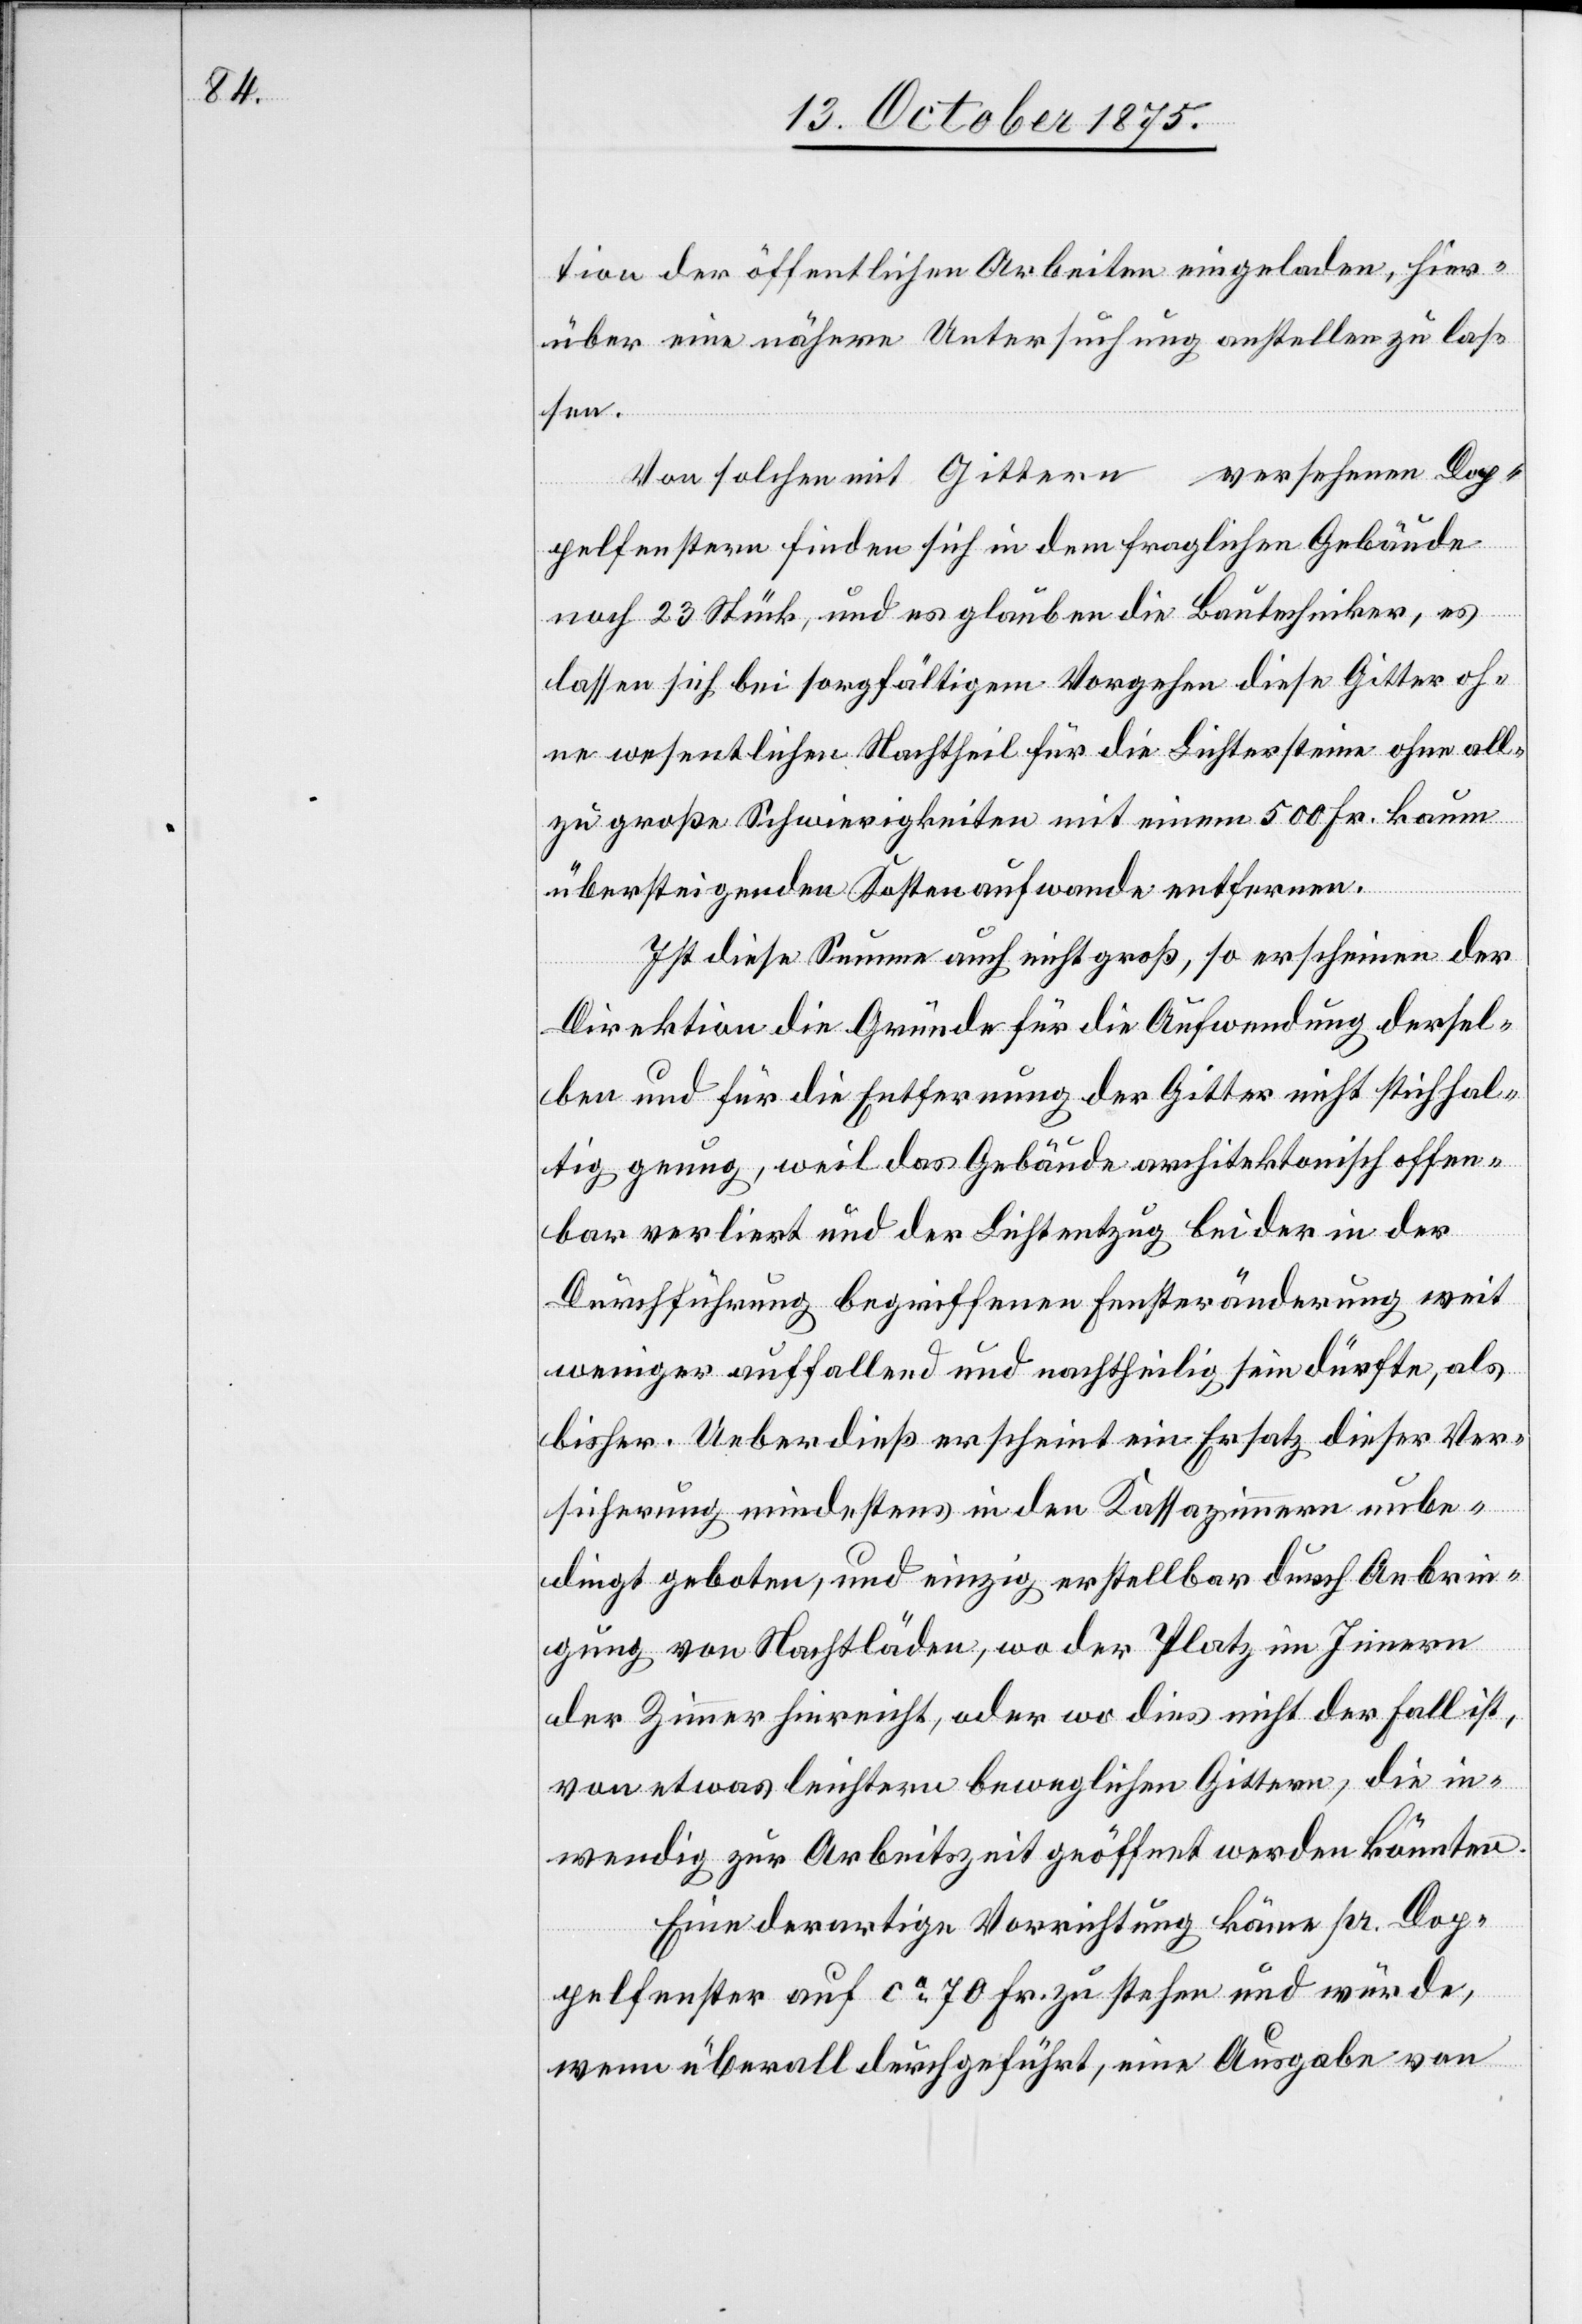
tion der öffentlichen Arbeiten eigeladen, hier¬
über eine nähere Untersuchung anstellen zu las¬
sen.
Von solchen mit Gittern versehenen Dop¬
pelfenstern finden sich in dem fraglichen Gebäude
noch 23 Stück, und es glauben die Bautechniker, es
lassen sich bei sorgfältigem Vorgehen diese Gitter oh¬
ne wesentlichen Nachtheil für die Lichtersteine ohne all¬
zu große Schwierigkeiten mit einem 500 Fr. kaum
übersteigenden Kostenaufwande entfernen.
Ist diese Summe auch nicht groß, so erscheinen der
Direktion die Gründe für die Aufwendung dersel¬
ben und für die Entfernung der Gitter nicht stichhal¬
tig genug, weil das Gebäude architektonisch offen¬
bar verliert und der Lichtentzug bei der in der
Durchführung begriffenen Fensteränderung weit
weniger auffallend und nachtheilig sein dürfte, als
bisher. Ueberdieß erscheint ein Ersatz dieser Ver¬
sicherung mindestens in den Kassazimmern unbe¬
dingt geboten, und einzig erstellbar durch Anbrin¬
gung von Nachtläden, wo der Platz im Innern
der Zimmer hinreicht, oder wo dies nicht der Fall ist,
von etwas leichtern beweglichen Gittern, die in¬
wendig zur Arbeitszeit geöffnet werden könnten.
Eine derartige Vorrichtung käme pr. Dop¬
pelfenster auf ca 70 Fr. zu stehen und würde,
wenn überall durchgeführt, eine Ausgabe von